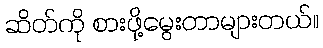
ဆိတ်ကို စားဖို့မွေးတာများတယ်။